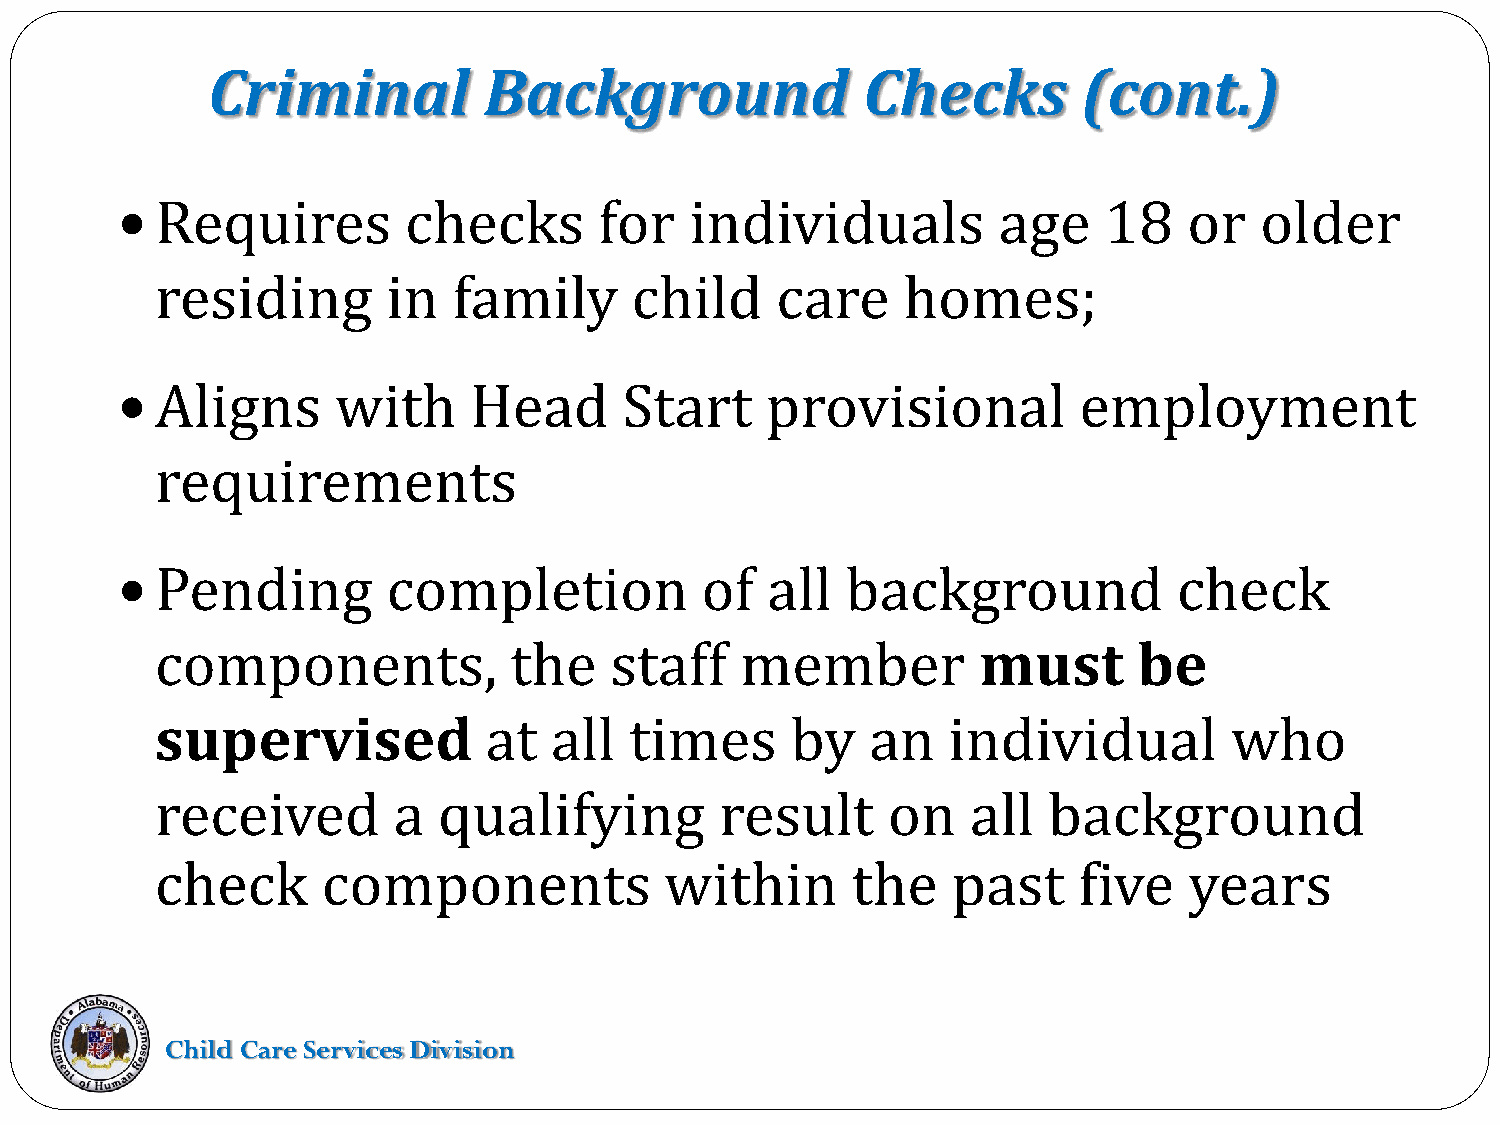
Criminal          Background               Checks         (cont.)
 Requires         checks       for   individuals         age    18    or  older
 
 residing        in  family      child    care     homes;
 Aligns      with     Head      Start     provisional         employment
 
 requirements
 Pending         completion          of   all  background            check
 
 components,             the   staff    member          must      be
 supervised            at  all   times     by    an   individual        who
 received        a  qualifying         result     on   all  background
 check      components             within      the    past    five    years
 Child Care Services Division